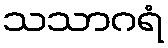
သသာဂရံ